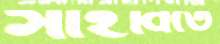
সাইবিতে